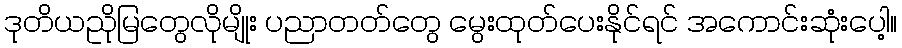
ဒုတိယညိုမြတွေလိုမျိုး ပညာတတ်တွေ မွေးထုတ်ပေးနိုင်ရင် အကောင်းဆုံးပေါ့။